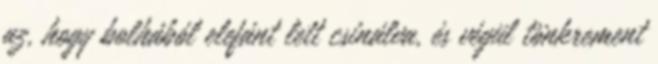
az, hogy bolhából elefánt lett csinálva, és végül tönkrement